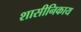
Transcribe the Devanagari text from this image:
शासीनिकाय